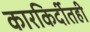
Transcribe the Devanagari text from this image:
कारकिर्दीतही